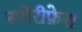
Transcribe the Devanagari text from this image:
स्पीरीफ़ेरा